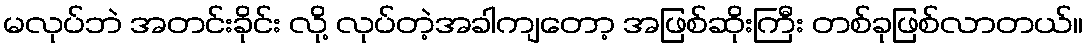
မလုပ်ဘဲ အတင်းခိုင်း လို့ လုပ်တဲ့အခါကျတော့ အဖြစ်ဆိုးကြီး တစ်ခုဖြစ်လာတယ်။